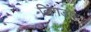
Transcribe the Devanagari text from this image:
लिंगडोह